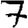
Digit: 7